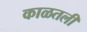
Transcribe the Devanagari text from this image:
काळतली